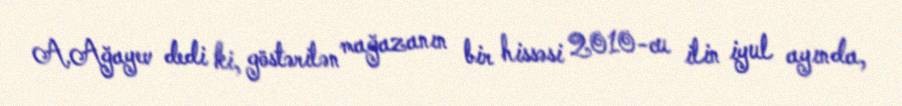
A.Ağayev dedi ki, göstərilən mağazanın bir hissəsi 2010-cu ilin iyul ayında,